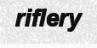
riflery